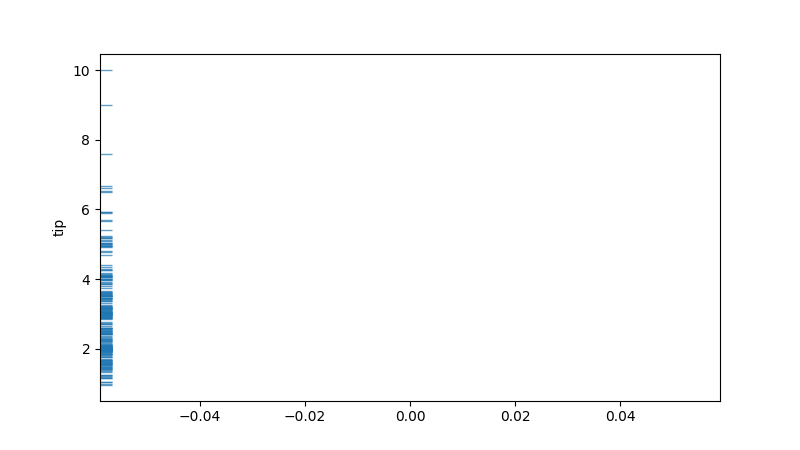
python, seaborn, rugplot, height=0.02, axis='y', alpha=0.7